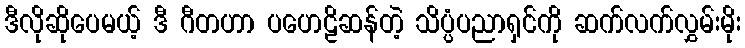
ဒီလိုဆိုပေမယ့် ဒီ ဂီတဟာ ပဟေဠိဆန်တဲ့ သိပ္ပံပညာရှင်ကို ဆက်လက်လွှမ်းမိုး